Annual report on the working of the lock hospitals in the North-Western Provinces and Oudh
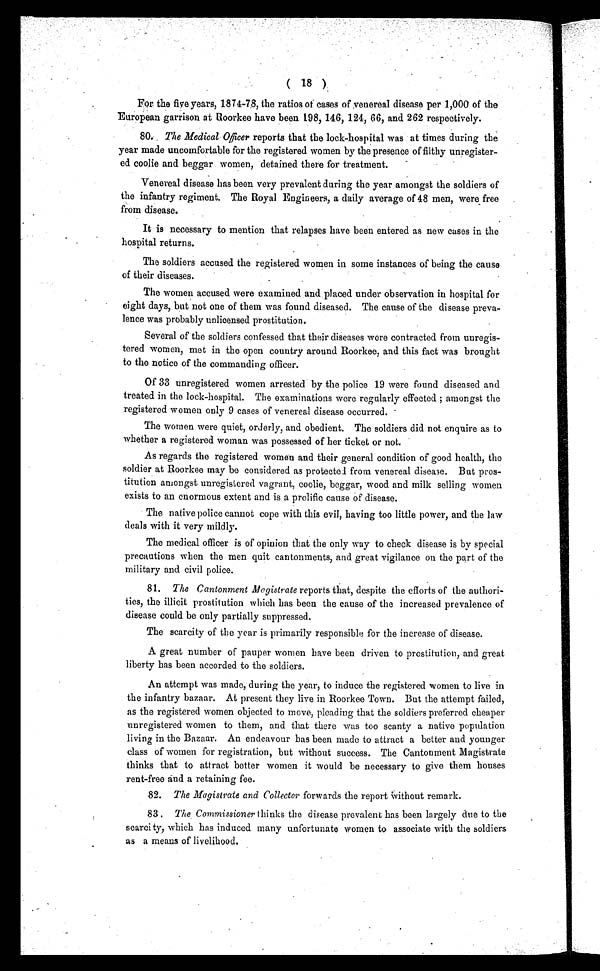
( 18 )
For the five years, 1874-78, the ratios of cases of venereal disease per 1,000 of the
European garrison at Roorkee have been 198, 146, 124, 66, and 262 respectively.
80. The Medical Officer reports that the lock-hospital was at times during the
year made uncomfortable for the registered women by the presence of filthy unregister-
ed coolie and beggar women, detained there for treatment.
Venereal disease has been very prevalent during the year amongst the soldiers of
the infantry regiment. The Royal Engineers, a daily average of 48 men, were free
from disease.
It is necessary to mention that relapses have been entered as new cases in the
hospital returns.
The soldiers accused the registered women in some instances of being the cause
of their diseases.
The women accused were examined and placed under observation in hospital for
eight days, but not one of them was found diseased. The cause of the disease preva-
lence was probably unlicensed prostitution.
Several of the soldiers confessed that their diseases were contracted from unregis-
tered women, met in the open country around Roorkee, and this fact was brought
to the notice of the commanding officer.
Of 33 unregistered women arrested by the police 19 were found diseased and
treated in the lock-hospital. The examinations were regularly effected ; amongst the
registered women only 9 cases of venereal disease occurred.
The women were quiet, orderly, and obedient. The soldiers did not enquire as to
whether a registered woman was possessed of her ticket or not.
As regards the registered women and their general condition of good health, the
soldier at Roorkee may be considered as protected from venereal disease. But pros-
titution amongst unregistered vagrant, coolie, beggar, wood and milk selling women
exists to an enormous extent and is a prolific cause of disease.
The native police cannot cope with this evil, having too little power, and the law
deals with it very mildly.
The medical officer is of opinion that the only way to check disease is by special
precautions when the men quit cantonments, and great vigilance on the part of the
military and civil police.
81. The Cantonment Magistrate reports that, despite the efforts of the authori-
ties, the illicit prostitution which has been the cause of the increased prevalence of
disease could be only partially suppressed.
The scarcity of the year is primarily responsible for the increase of disease.
A great number of pauper women have been driven to prostitution, and great
liberty has been accorded to the soldiers.
An attempt was made, during the year, to induce the registered women to live in
the infantry bazaar. At present they live in Roorkee Town. But the attempt failed,
as the registered women objected to move, pleading that the soldiers preferred cheaper
unregistered women to them, and that there was too scanty a native population
living in the Bazaar. An endeavour has been made to attract a better and younger
class of women for registration, but without success. The Cantonment Magistrate
thinks that to attract better women it would be necessary to give them houses
rent-free and a retaining fee.
82. The Magistrate and Collector forwards the report without remark.
83. The Commissioner thinks the disease prevalent has been largely due to the
scarcity, which has induced many unfortunate women to associate with the soldiers
as a means of livelihood.